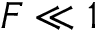
F \ll 1